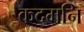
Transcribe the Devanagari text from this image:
कदमनि